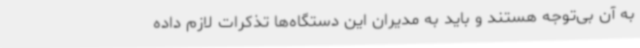
به آن بی‌توجه هستند و باید به مدیران این دستگاه‌ها تذکرات لازم داده